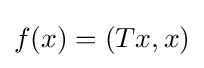
f(x)=(Tx,x)